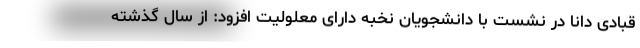
قبادی دانا در نشست با دانشجویان نخبه دارای معلولیت افزود: از سال گذشته